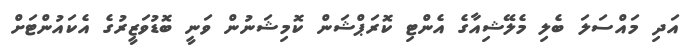
އަދި މައްސަލަ ބެލި މެލޭޝިއާގެ އެންޓި ކޮރަޕްޝަން ކޮމިޝަނުން ވަނީ ބޮޑުވަޒީރުގެ އެކައުންޓަށް